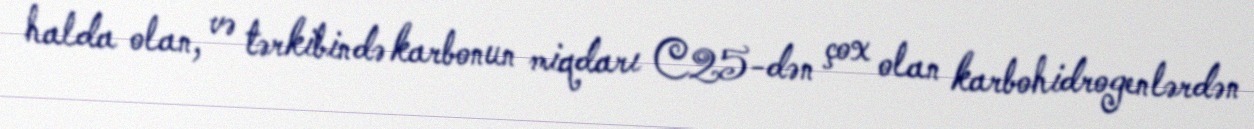
halda olan, və tərkibində karbonun miqdarı C25-dən çox olan karbohidrogenlərdən